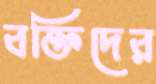
বক্তিদের